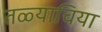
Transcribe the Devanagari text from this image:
तळ्याचिया